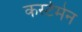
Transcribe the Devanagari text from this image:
कर्स्टमेन